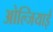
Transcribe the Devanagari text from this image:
ओल्जियाई